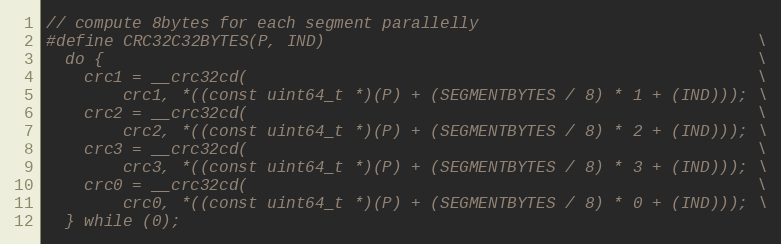
Language: C++
// compute 8bytes for each segment parallelly
#define CRC32C32BYTES(P, IND)                                             \
  do {                                                                    \
    crc1 = __crc32cd(                                                     \
        crc1, *((const uint64_t *)(P) + (SEGMENTBYTES / 8) * 1 + (IND))); \
    crc2 = __crc32cd(                                                     \
        crc2, *((const uint64_t *)(P) + (SEGMENTBYTES / 8) * 2 + (IND))); \
    crc3 = __crc32cd(                                                     \
        crc3, *((const uint64_t *)(P) + (SEGMENTBYTES / 8) * 3 + (IND))); \
    crc0 = __crc32cd(                                                     \
        crc0, *((const uint64_t *)(P) + (SEGMENTBYTES / 8) * 0 + (IND))); \
  } while (0);